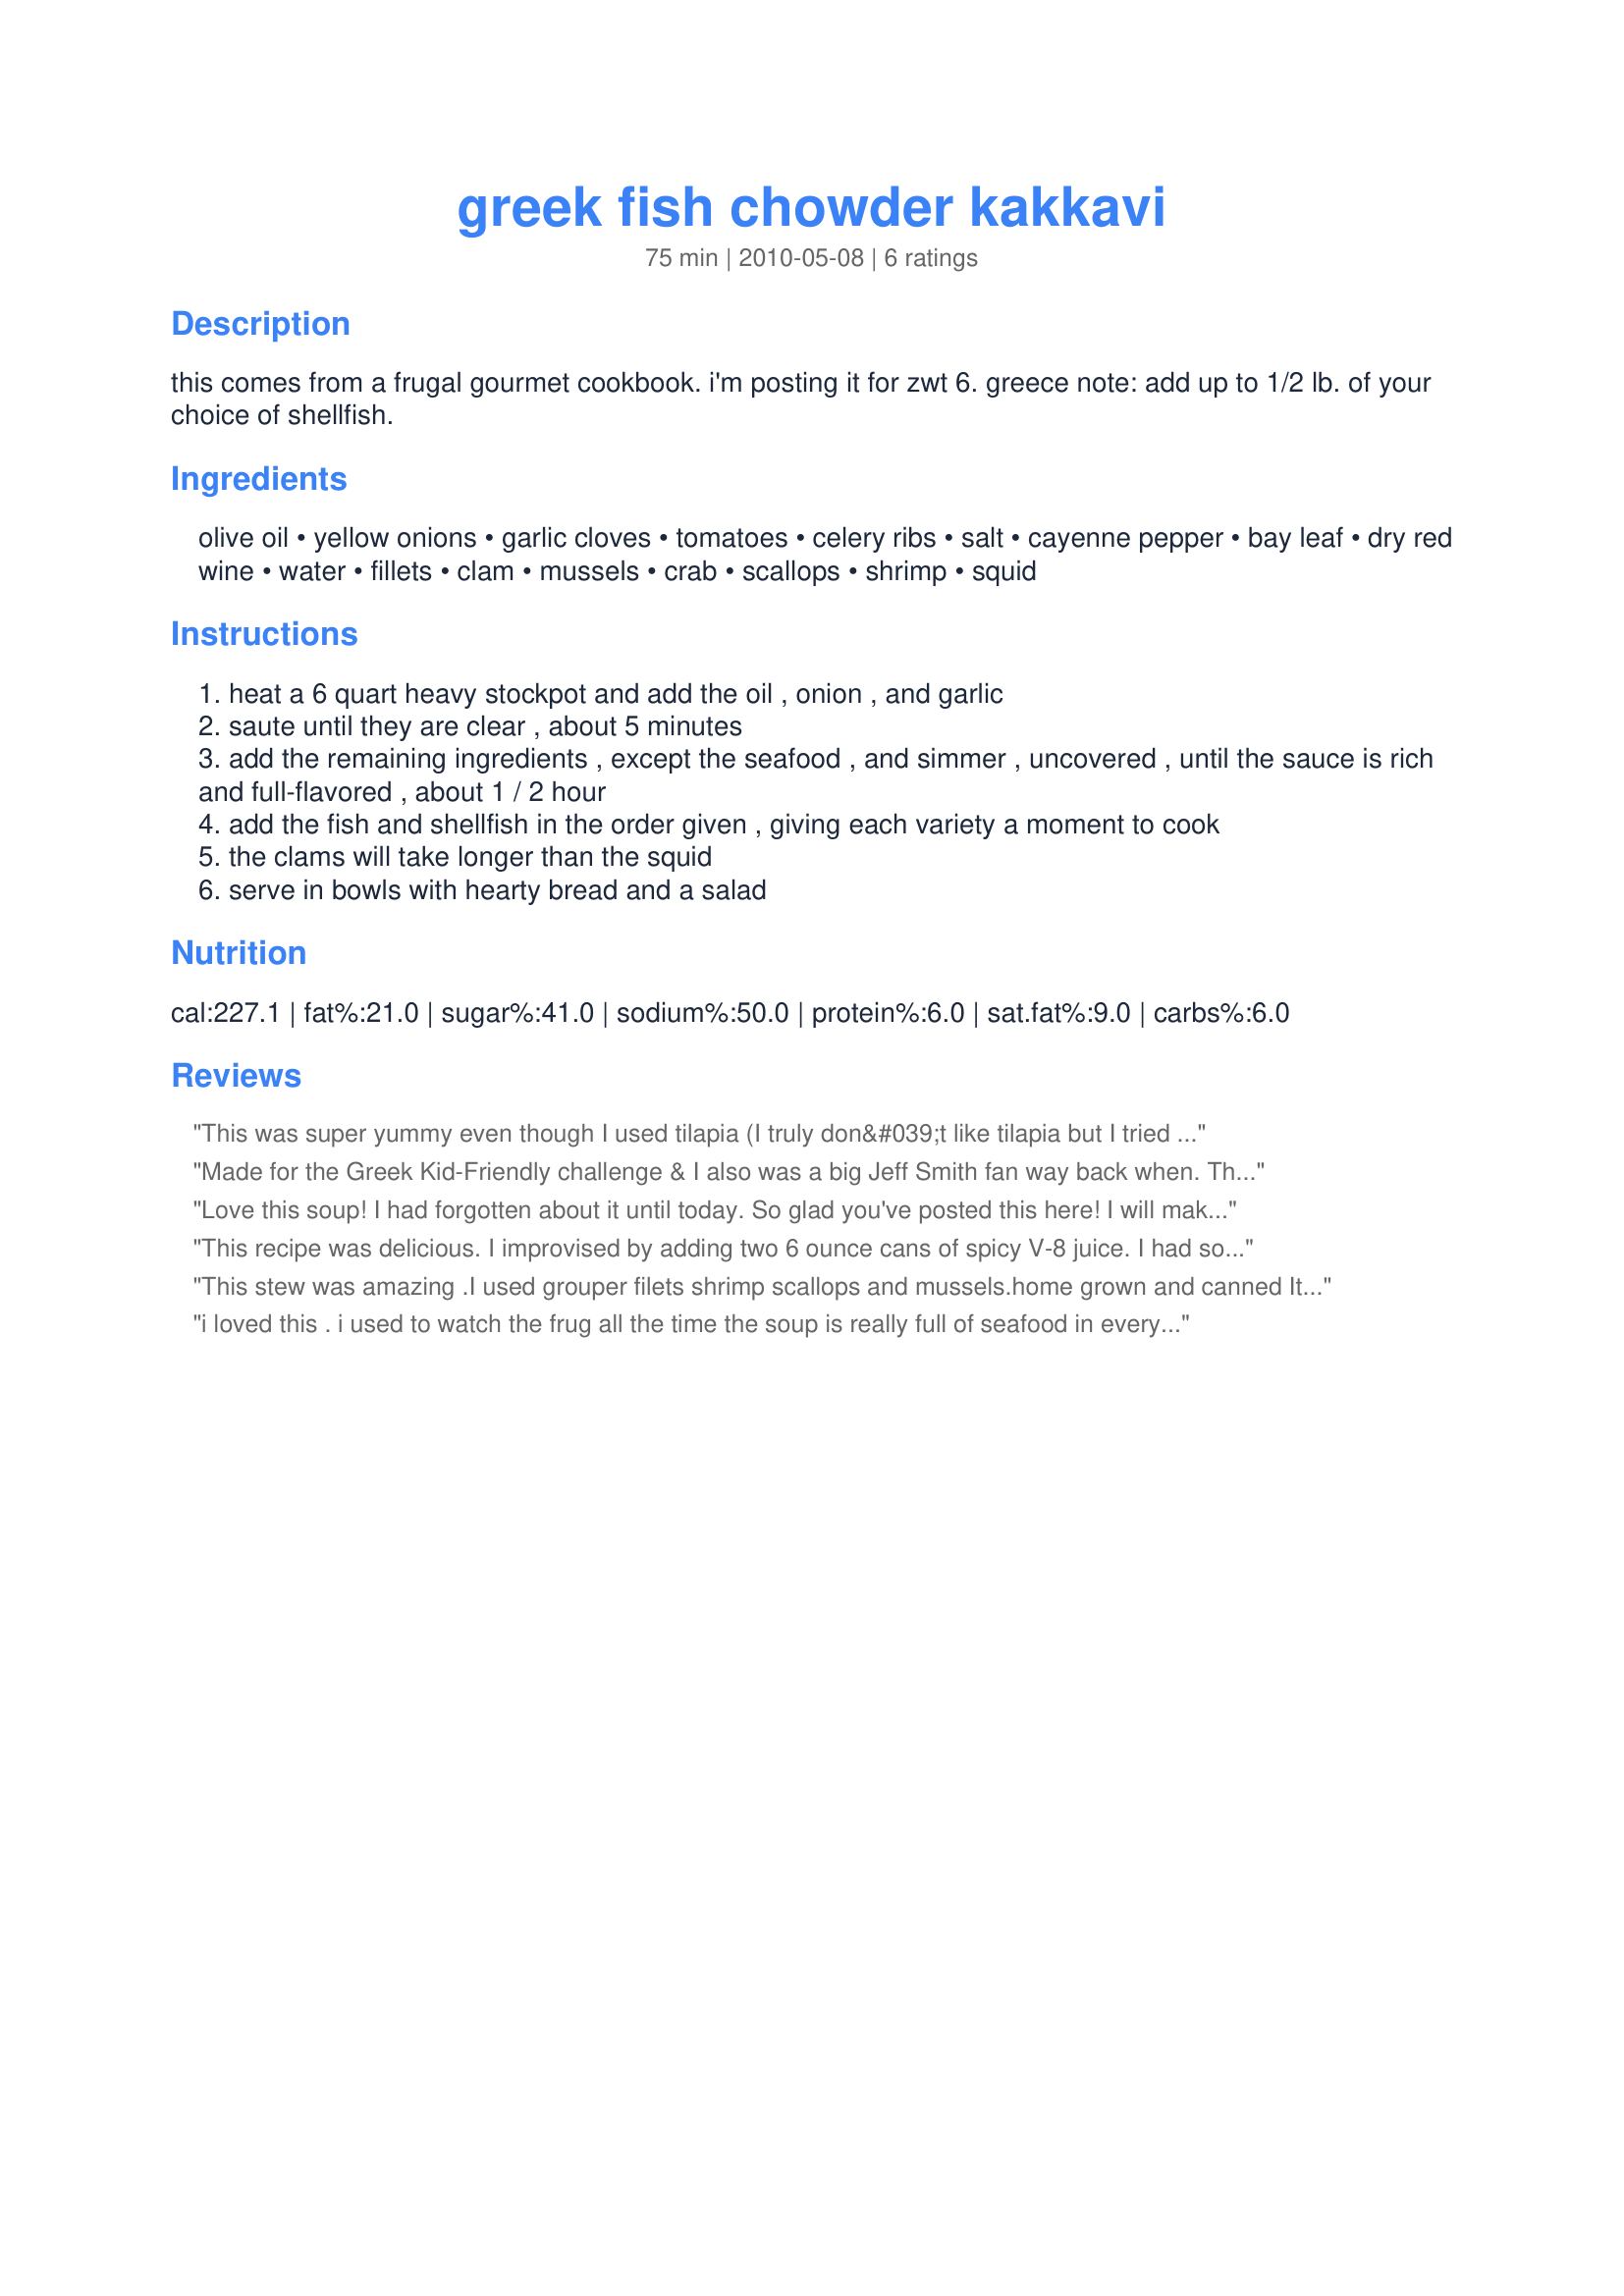
greek fish chowder kakkavi
Preparation time: 75 minutes

this comes from a frugal gourmet cookbook. i'm posting it for zwt 6.
greece
note: add up to 1/2 lb. of your choice of shellfish.

Ingredients:
olive oil, yellow onions, garlic cloves, tomatoes, celery ribs, salt, cayenne pepper, bay leaf, dry red wine, water, fillets, clam, mussels, crab, scallops, shrimp, squid

Steps:
heat a 6 quart heavy stockpot and add the oil , onion , and garlic
saute until they are clear , about 5 minutes
add the remaining ingredients , except the seafood , and simmer , uncovered , until the sauce is rich and full-flavored , about 1 / 2 hour
add the fish and shellfish in the order given , giving each variety a moment to cook
the clams will take longer than the squid
serve in bowls with hearty bread and a salad

Reviews:
This was super yummy even though I used tilapia (I truly don&#039;t like tilapia but I tried it yet again--and while the soup didn&#039;t redeem the fish, the fish didn&#039;t ruin the soup). The cayenne adds just enough after-kick without knocking this bland girl on her butt. I used four fillets of tilapia, small pre-cooked shrimp, two 14.5oz cans of italian diced tomatoes (what I have on hand), and only one teaspoon of salt. This soup was met with approval by the children. Future renditions will be attempted with flounder, more shrimp, and replacing some of the water with stock for extra richness. Many thanks for a keeper!
Made for the Greek Kid-Friendly challenge & I also was a big Jeff Smith fan way back when. This is so easy-to-make that my 9 yr-old assistant (Kata) proudly played a major role & 4 of us enjoyed the outcome. I made 2 sml chgs that I do not feel disturbed the heart of your recipe: I used fresh tomatoes & I added Old Bay as a pers pref. I used cod, baby shrimp & lump crabmeat for the seafood. Served it w/crusty rolls & it was great! Thx for sharing this recipe w/us & Kata says thx too. :-)
Love this soup! I had forgotten about it until today. So glad you've posted this here! I will make some this weekend.
This recipe was delicious. I improvised by adding two 6 ounce cans of spicy V-8 juice. I had some leftover that I used and I added medium shrimp.
This stew was amazing .I used grouper filets shrimp scallops and mussels.home grown and canned Italian tomatoes.will make this again and again.family favorite.thank you
i loved this . i used to watch the frug all the time the soup is really full of seafood in every bite . i didnt have to worry about wheat or dairy in this . i cut in half and there was still alot of soup zaar tour 6
